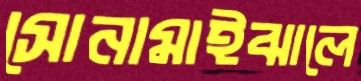
সোনামাইঝালে